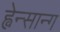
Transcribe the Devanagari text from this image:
ह्वेन्सान्ग